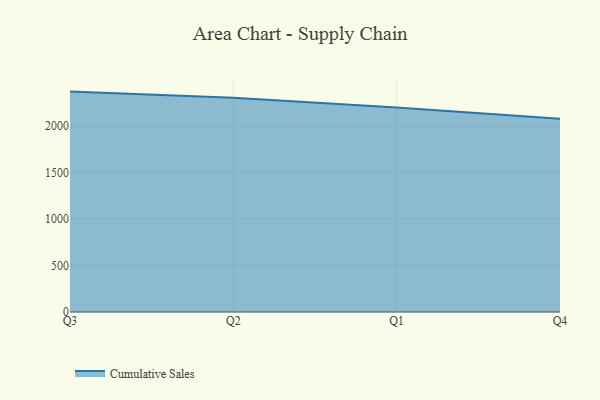
{"axis": {"x": "Quarter", "y": "Production Output"}, "legend": ["Cumulative Sales"], "data": [{"x": "Q3", "y": 2371.1, "type": "Cumulative Sales"}, {"x": "Q2", "y": 2305.2, "type": "Cumulative Sales"}, {"x": "Q1", "y": 2200.4, "type": "Cumulative Sales"}, {"x": "Q4", "y": 2078.9, "type": "Cumulative Sales"}]}